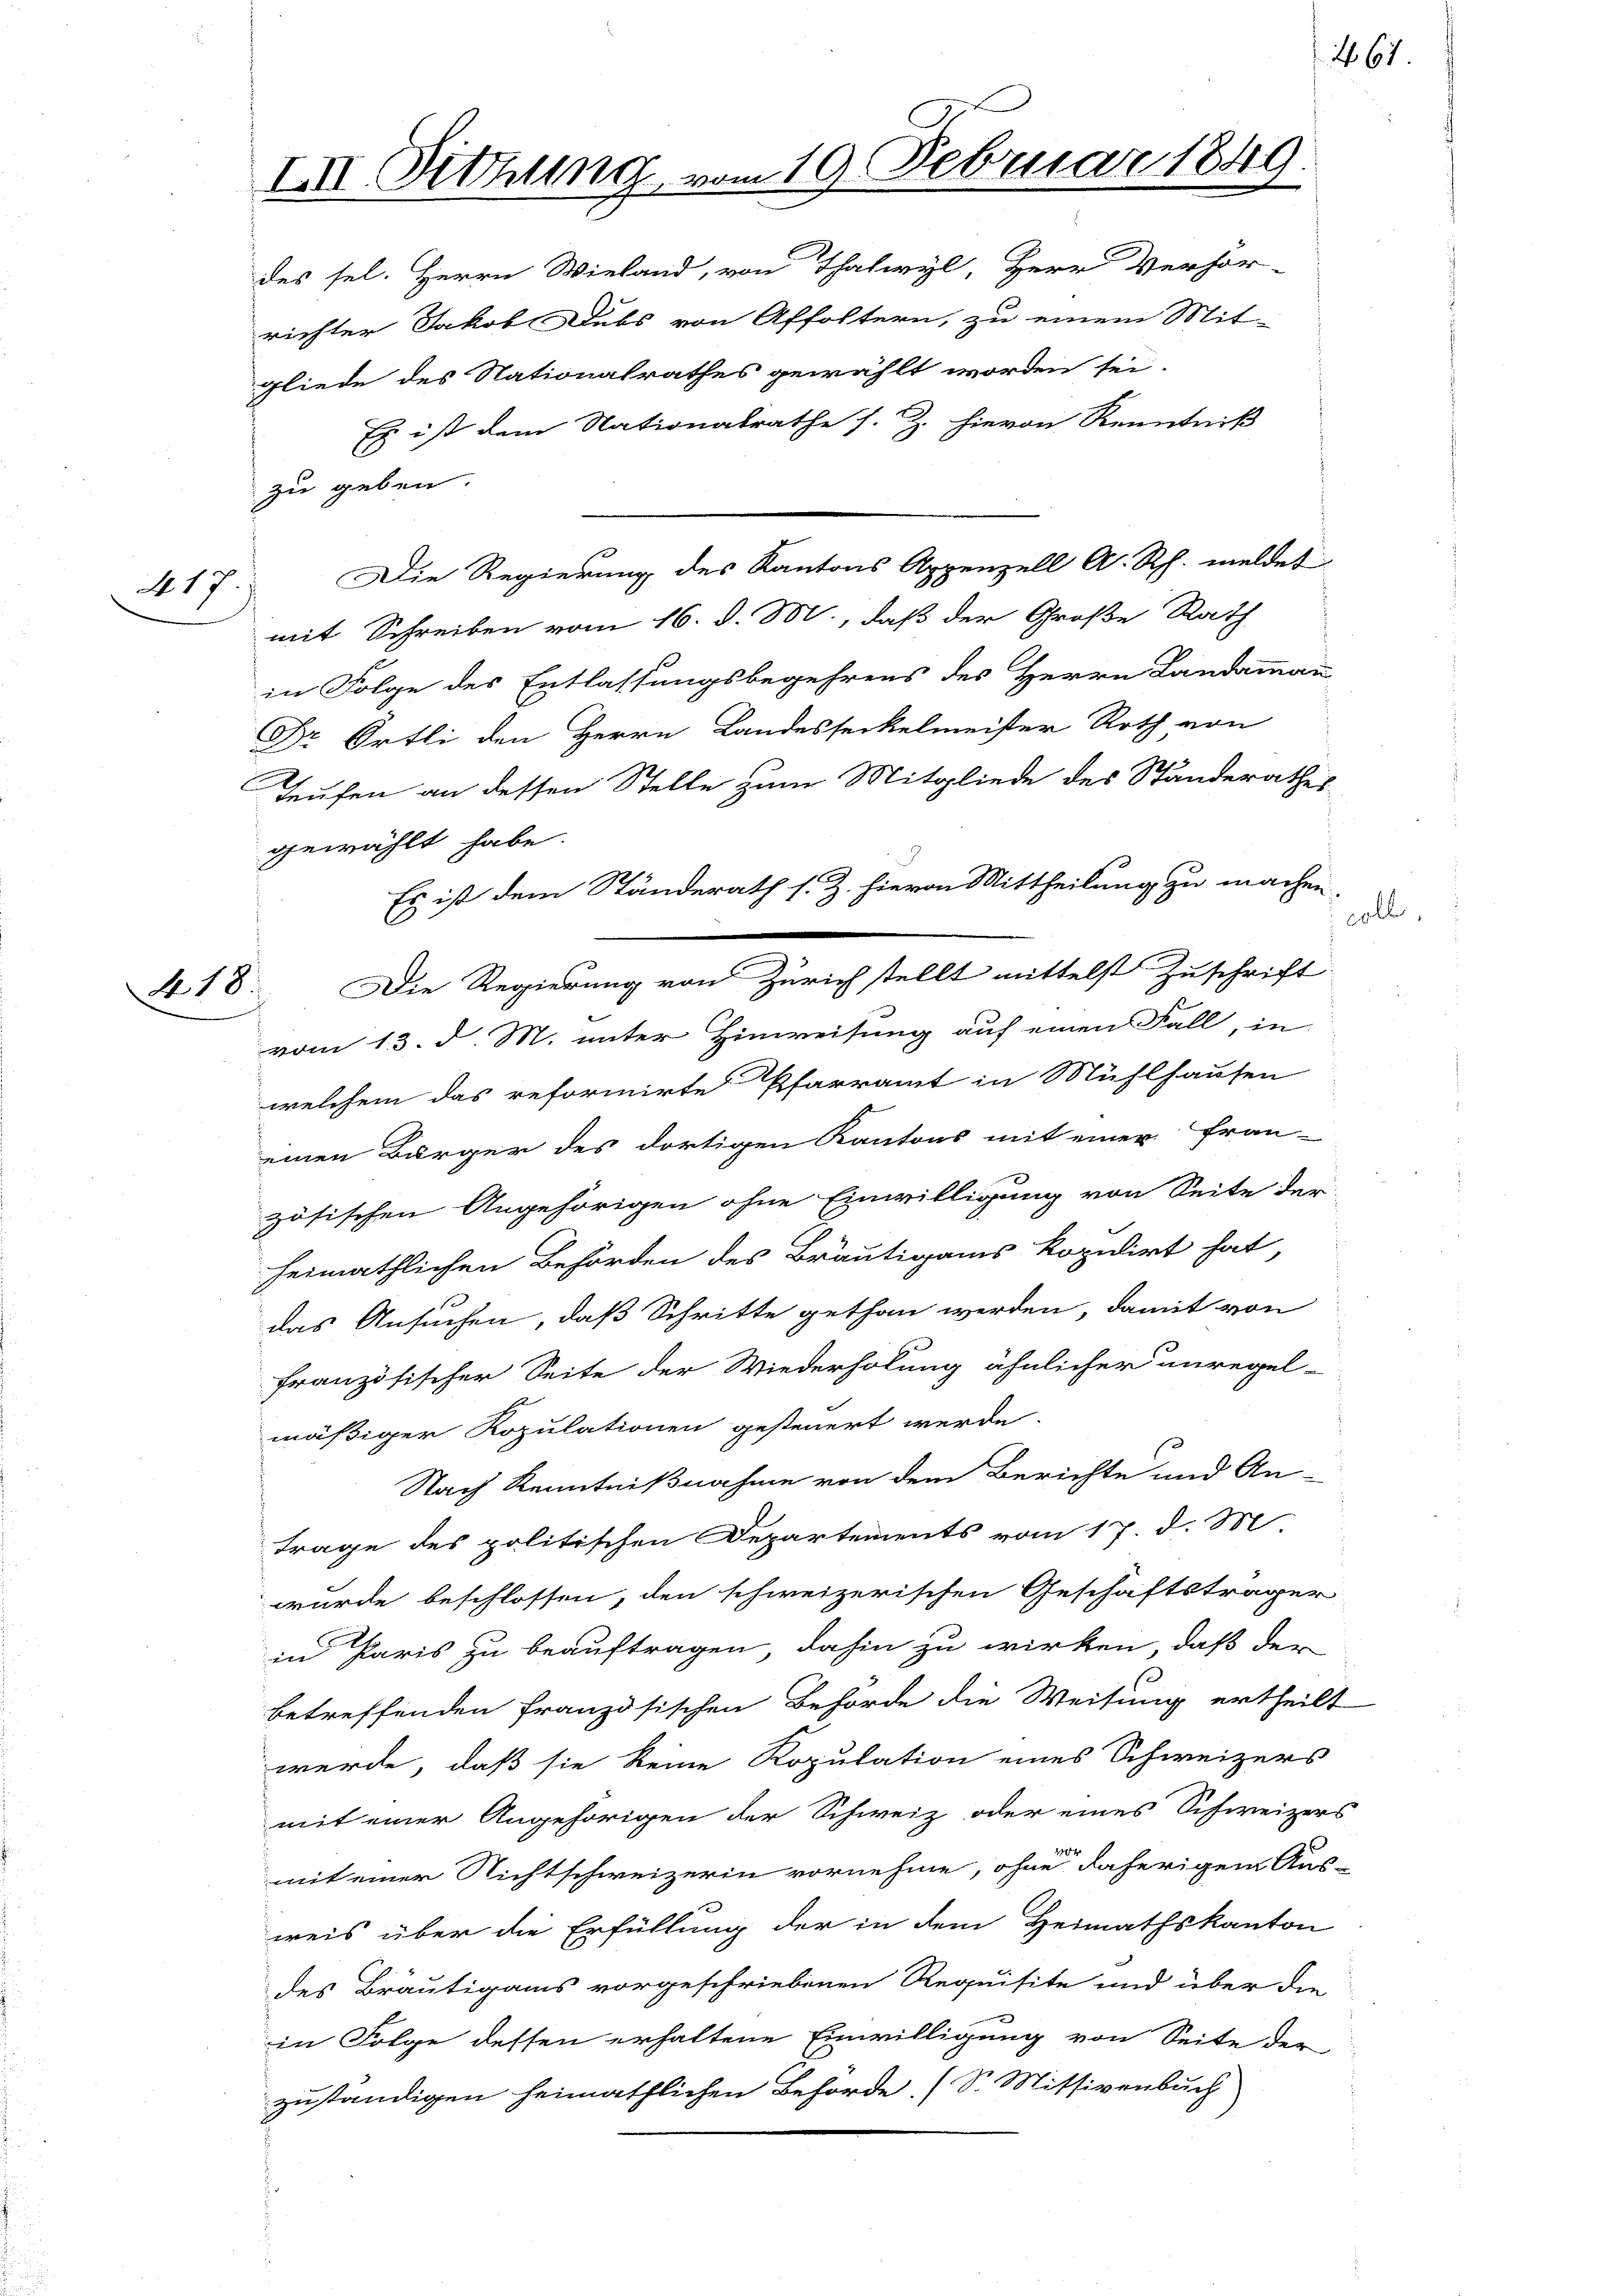
417

N 18.

des sel. Herrn Wieland, von Thalwyl, Herr Verhör-
richter Jakob Dubs von Affoltern, zu einem Mit-
gliede des Nationalrathes gewählt worden sei.
Es ist dem Nationalrathe s. Z. hievon Kenntniß
zu geben.
Die Regierung des Kantons Appenzell A. Rp. meldet
mit Schreiben vom 16. d. M., daß der Große Rath
in Folge des Entlassungsbegehrens des Herrn Landammann
Dr Ortli den Herrn Landesseckelmeister Roth von
Teufen an dessen Stelle zum Mitgliede des Ständerathes
gewählt habe.
Es ist dem Ständerath s. Z. hievon Mittheilung zu machen
vom 13. d. M. unter Hinweisung auf einen Fall, in
welchem das reformirte Pfarramt in Mühlhausen
einen Bürger des dortigen Kantons mit einer Frau-
zösischen Angehörigen ohne Einwilligung von Seite der
heimathlichen Behörden des Bräutigams kopidirt hat,
das Ansuchen, daß Schritte gethan werden, damit von
französischer Seite der Wiederholung ähnlicher unregel-
mäßiger Kopulationen gesteuert werde.
Nach Kenntnißnahme von dem Berichte und An-
Frage des politischen Departements vom 17. d. M
wurde beschlossen, den schweizerischen Geschäftsträger
in Paris zu beauftragen, dahin zu wirken, daß der
betreffenden französischen Behörde die Weisung ertheilt
werde, daß sie keine Kopulation eines Schweizers
mit einer Angehörigen der Schweiz oder eines Schweizers
or
mit einer Nichtschweizerin vornehme, ohne daherigem Aus-
weis über die Erfüllung der in dem Heimathskanton
des Bräutigams vorgeschriebenen Requisite und über die
in Folge dessen erhaltene Einwilligung von Seite der
zuständigen heimathlichen Behörde. (S. Mitsivenbuch

III. Sitzung vom 19. Februar 1849.

Die Regierung von Zürich stellt mittelst Zuschrift

267.

colle.